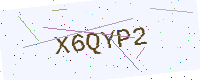
Text: X6QYP2